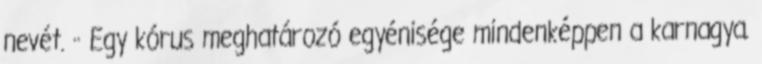
nevét. ·· Egy kórus meghatározó egyénisége mindenképpen a karnagya.